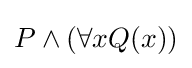
P\land (\forall xQ(x))